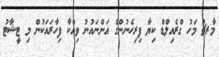
މާރޗު މަހު ގްރެއިލްޑް ކިޔާ ފިރިހެނުންގެ އަންނައުނު ވިއްކާ ފިހާރައަކުން މި ޓީޝާޓު